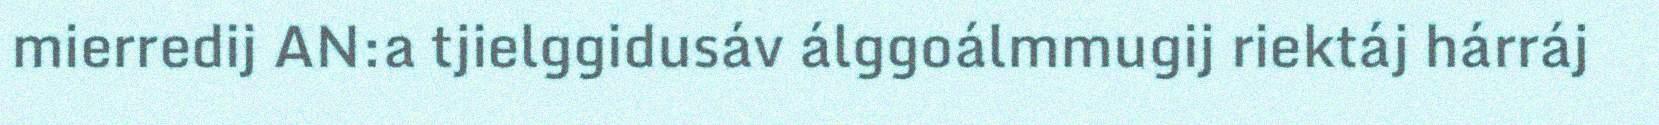
mierredij AN:a tjielggidusáv álggoálmmugij riektáj hárráj